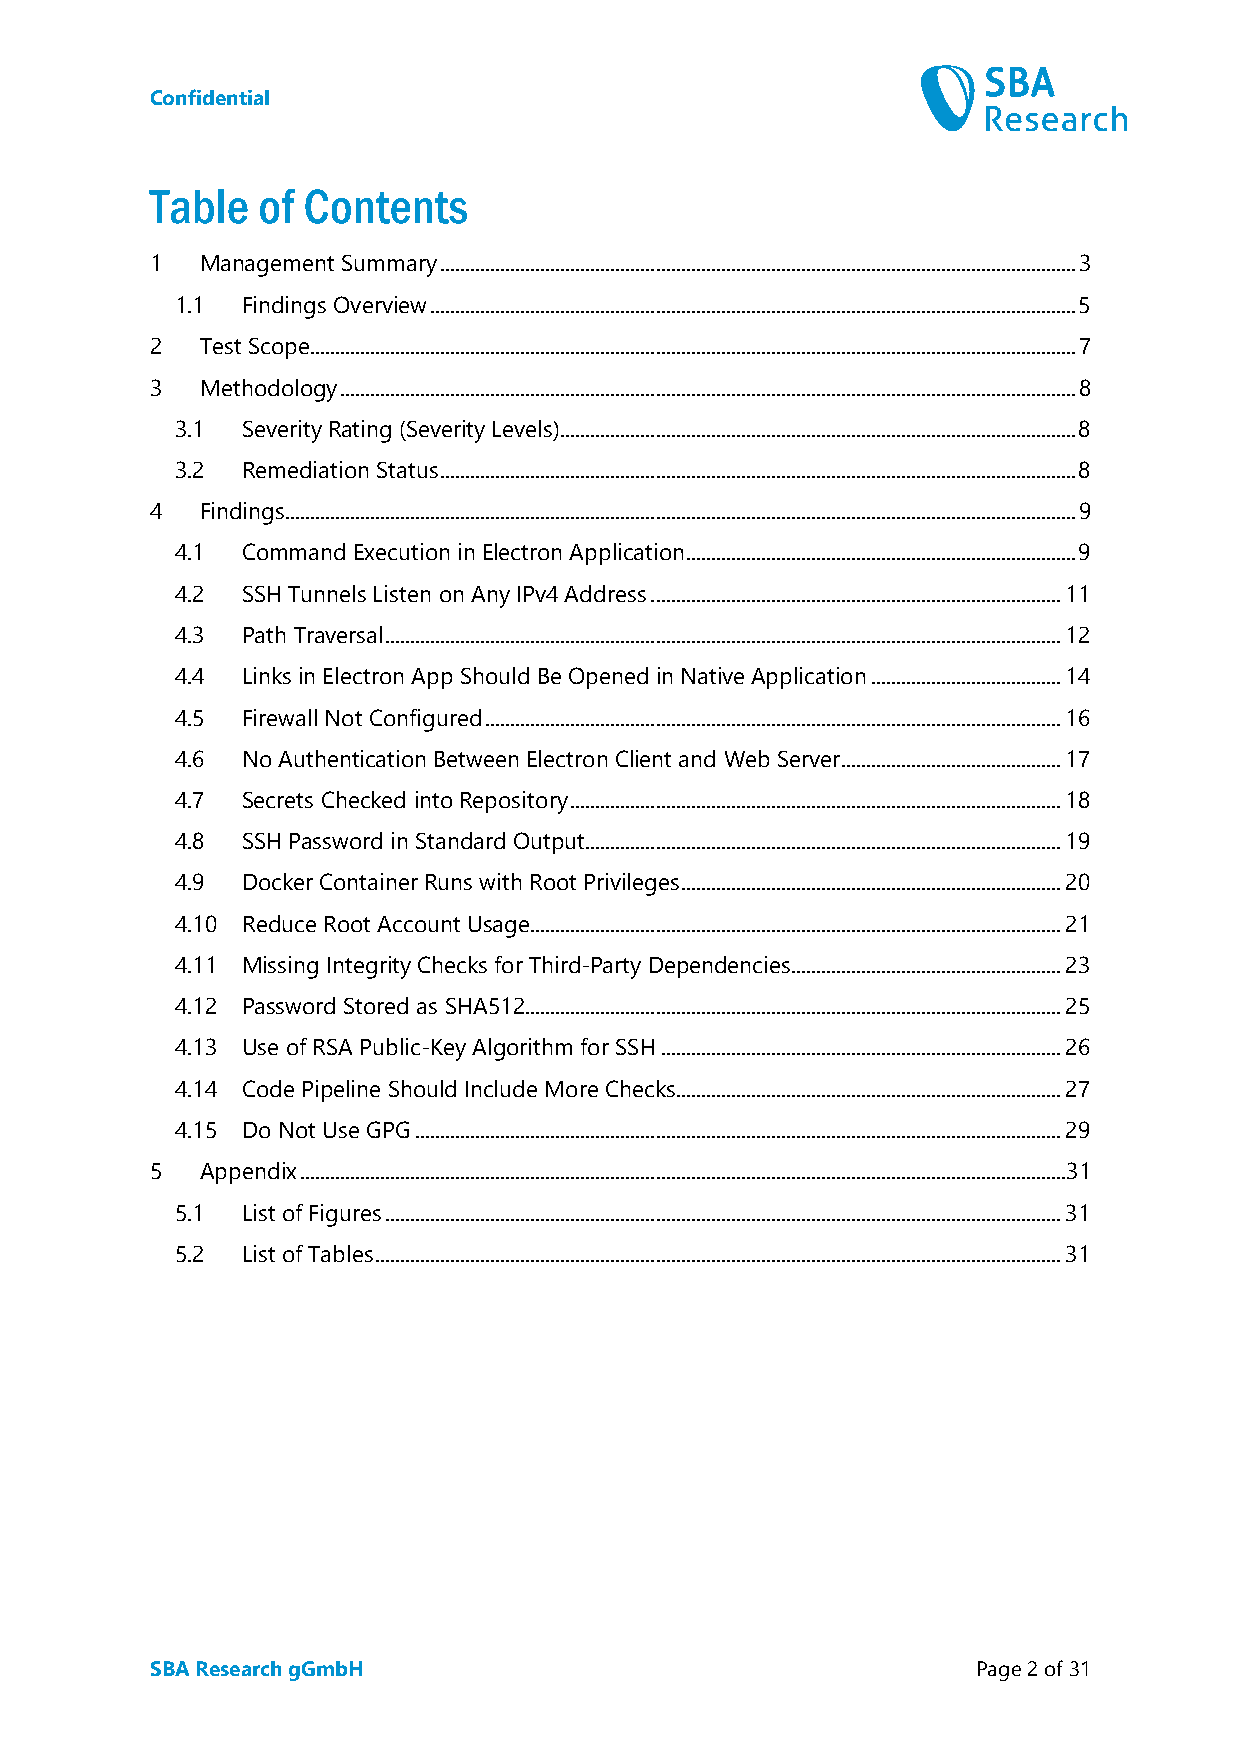
Confidential
 Table  of Contents
 1  Management Summary ............................................................................................................................... 3
 1.1 Findings Overview ................................................................................................................................. 5
 2  Test Scope ......................................................................................................................................................... 7
 3  Methodology ................................................................................................................................................... 8
 3.1 Severity Rating (Severity Levels) ....................................................................................................... 8
 3.2 Remediation Status ............................................................................................................................... 8
 4  Findings.............................................................................................................................................................. 9
 4.1 Command Execution in Electron Application .............................................................................. 9
 4.2 SSH Tunnels Listen on Any IPv4 Address .................................................................................. 11
 4.3 Path Traversal ....................................................................................................................................... 12
 4.4 Links in Electron App Should Be Opened in Native Application ...................................... 14
 4.5 Firewall Not Configured ................................................................................................................... 16
 4.6 No Authentication Between Electron Client and Web Server ............................................ 17
 4.7 Secrets Checked into Repository .................................................................................................. 18
 4.8 SSH Password in Standard Output ............................................................................................... 19
 4.9 Docker Container Runs with Root Privileges ............................................................................ 20
 4.10 Reduce Root Account Usage .......................................................................................................... 21
 4.11 Missing Integrity Checks for Third-Party Dependencies...................................................... 23
 4.12 Password Stored as SHA512 ........................................................................................................... 25
 4.13 Use of RSA Public-Key Algorithm for SSH ................................................................................ 26
 4.14 Code Pipeline Should Include More Checks............................................................................. 27
 4.15 Do Not Use GPG ................................................................................................................................. 29
 5  Appendix ......................................................................................................................................................... 31
 5.1 List of Figures ....................................................................................................................................... 31
 5.2 List of Tables ......................................................................................................................................... 31
 SBA Research gGmbH                                     Page 2 of 31